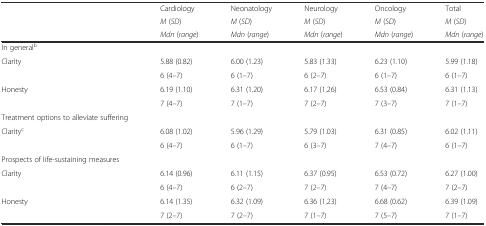
<table><thead><tr><td rowspan="3"></td><td><b>Cardiology</b></td><td><b>Neonatology</b></td><td><b>Neurology</b></td><td><b>Oncology</b></td><td><b>Total</b></td></tr><tr><td><b><i>M</i> (<i>SD</i>)</b></td><td><b><i>M</i> (<i>SD</i>)</b></td><td><b><i>M</i> (<i>SD</i>)</b></td><td><b><i>M</i> (<i>SD</i>)</b></td><td><b><i>M</i> (<i>SD</i>)</b></td></tr><tr><td><b><i>Mdn</i> (<i>range</i>)</b></td><td><b><i>Mdn</i> (<i>range</i>)</b></td><td><b><i>Mdn</i> (<i>range</i>)</b></td><td><b><i>Mdn</i> (<i>range</i>)</b></td><td><b><i>Mdn</i> (<i>range</i>)</b></td></tr></thead><tbody><tr><td>In general<sup>b</sup></td><td></td><td></td><td></td><td></td><td></td></tr><tr><td>Clarity</td><td>5.88 (0.82)</td><td>6.00 (1.23)</td><td>5.83 (1.33)</td><td>6.23 (1.10)</td><td>5.99 (1.18)</td></tr><tr><td></td><td>6 (4–7)</td><td>6 (1–7)</td><td>6 (2–7)</td><td>6 (1–7)</td><td>6 (1–7)</td></tr><tr><td>Honesty</td><td>6.19 (1.10)</td><td>6.31 (1.20)</td><td>6.17 (1.26)</td><td>6.53 (0.84)</td><td>6.31 (1.13)</td></tr><tr><td></td><td>7 (4–7)</td><td>7 (1–7)</td><td>7 (2–7)</td><td>7 (3–7)</td><td>7 (1–7)</td></tr><tr><td>Treatment options to alleviate suffering</td><td></td><td></td><td></td><td></td><td></td></tr><tr><td rowspan="2">Clarity<sup>c</sup></td><td>6.08 (1.02)</td><td>5.96 (1.29)</td><td>5.79 (1.03)</td><td>6.31 (0.85)</td><td>6.02 (1.11)</td></tr><tr><td>6 (4–7)</td><td>6 (1–7)</td><td>6 (3–7)</td><td>7 (4–7)</td><td>6 (1–7)</td></tr><tr><td>Prospects of life-sustaining measures</td><td></td><td></td><td></td><td></td><td></td></tr><tr><td rowspan="2">Clarity</td><td>6.14 (0.96)</td><td>6.11 (1.15)</td><td>6.37 (0.95)</td><td>6.53 (0.72)</td><td>6.27 (1.00)</td></tr><tr><td>6 (4–7)</td><td>6 (2–7)</td><td>7 (2–7)</td><td>7 (4–7)</td><td>7 (2–7)</td></tr><tr><td>Honesty</td><td>6.14 (1.35)</td><td>6.32 (1.09)</td><td>6.36 (1.23)</td><td>6.68 (0.62)</td><td>6.39 (1.09)</td></tr><tr><td></td><td>7 (2–7)</td><td>7 (2–7)</td><td>7 (1–7)</td><td>7 (5–7)</td><td>7 (1–7)</td></tr></tbody></table>